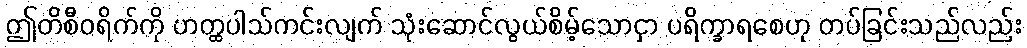
ဤတိစီဝရိက်ကို ဟတ္ထပါသ်ကင်းလျက် သုံးဆောင်လွယ်စိမ့်သောငှာ ပရိက္ခာရစေဟု တပ်ခြင်းသည်လည်း